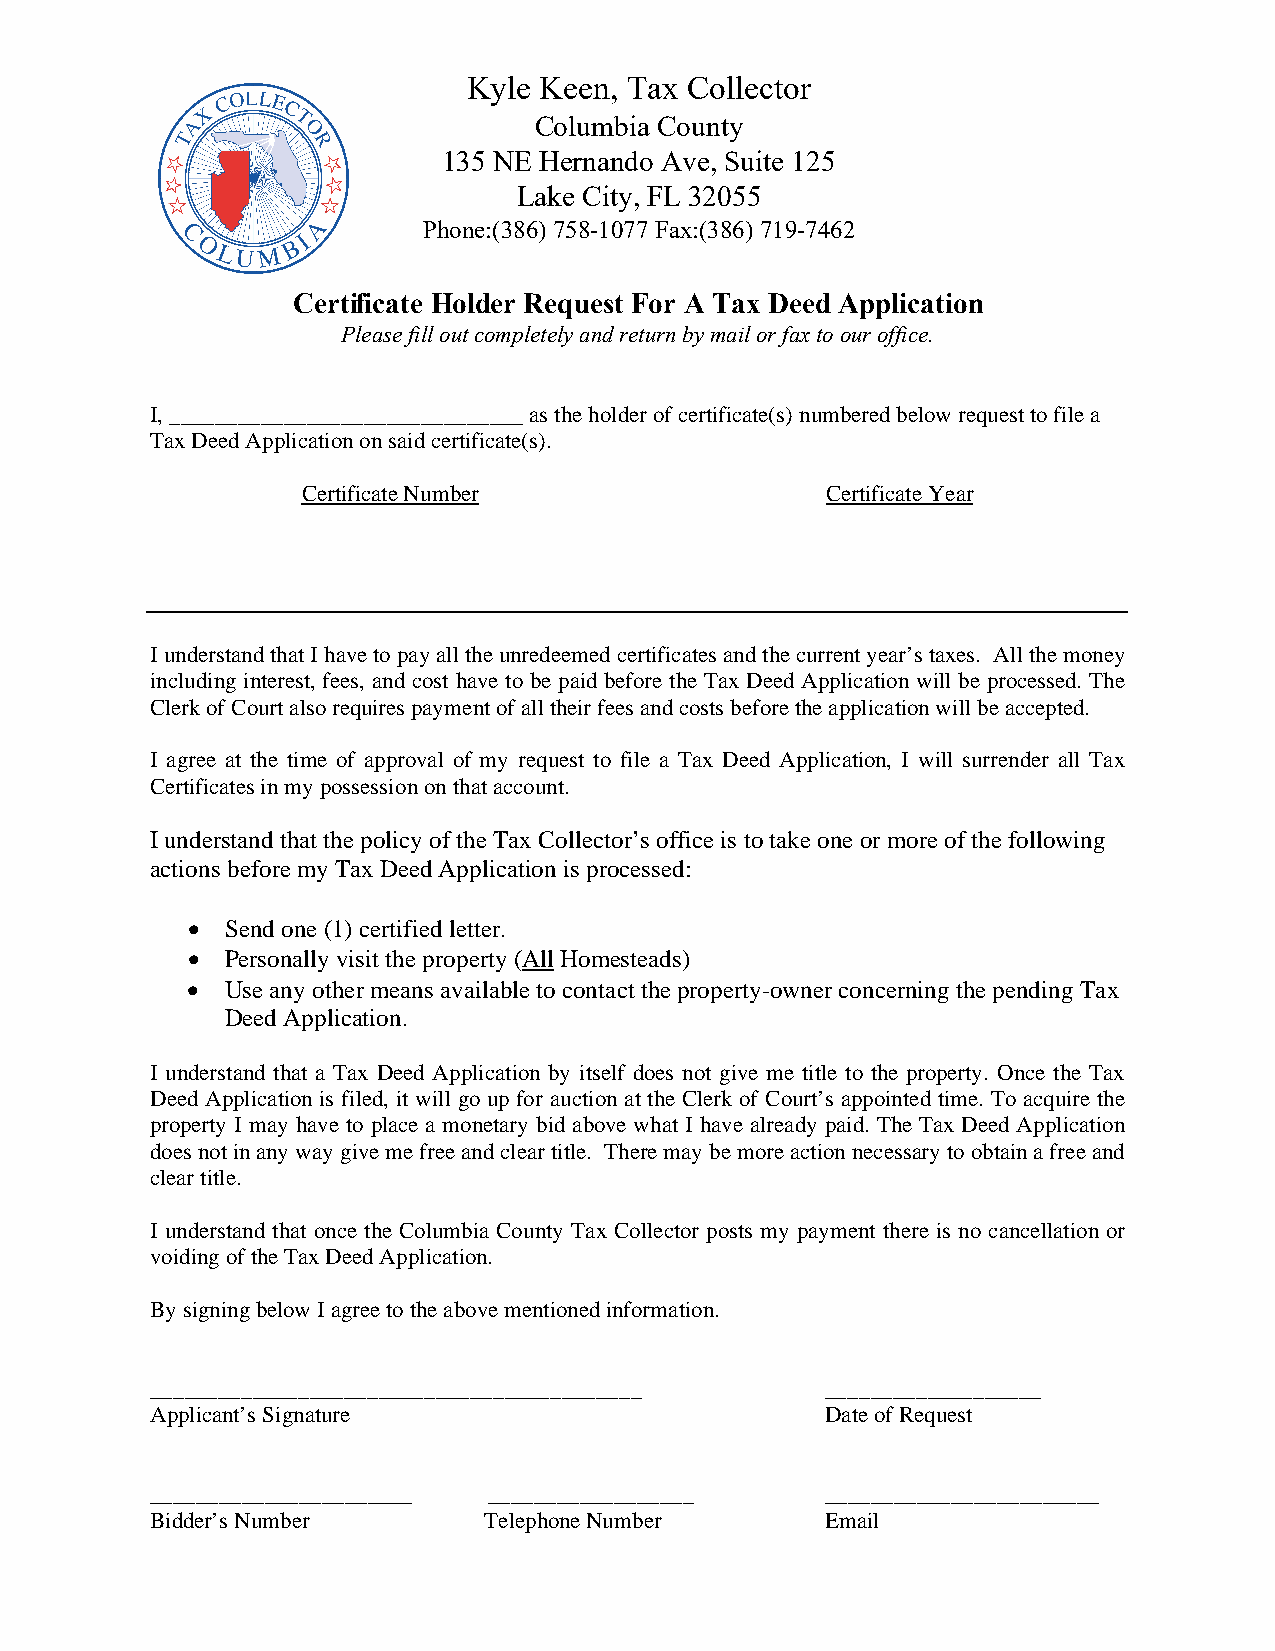
Kyle Keen, Tax Collector
 Columbia County
 135 NE Hernando Ave, Suite 125
 Lake City, FL 32055
 Phone:(386) 758-1077 Fax:(386) 719-7462
 Certificate Holder Request For A Tax Deed Application
 Please fill out completely and return by mail or fax to our office.
 I, _______________________________ as the holder of certificate(s) numbered below request to file a
 Tax Deed Application on said certificate(s).
 Certificate Number                 Certificate Year
 I understand that I have to pay all the unredeemed certificates and the current year’s taxes. All the money
 including interest, fees, and cost have to be paid before the Tax Deed Application will be processed. The
 Clerk of Court also requires payment of all their fees and costs before the application will be accepted.
 I agree at the time of approval of my request to file a Tax Deed Application, I will surrender all Tax
 Certificates in my possession on that account.
 I understand that the policy of the Tax Collector’s office is to take one or more of the following
 actions before my Tax Deed Application is processed:
 •  Send one (1) certified letter.
 •  Personally visit the property (All Homesteads)
 •  Use any other means available to contact the property-owner concerning the pending Tax
 Deed Application.
 I understand that a Tax Deed Application by itself does not give me title to the property. Once the Tax
 Deed Application is filed, it will go up for auction at the Clerk of Court’s appointed time. To acquire the
 property I may have to place a monetary bid above what I have already paid. The Tax Deed Application
 does not in any way give me free and clear title. There may be more action necessary to obtain a free and
 clear title.
 I understand that once the Columbia County Tax Collector posts my payment there is no cancellation or
 voiding of the Tax Deed Application.
 By signing below I agree to the above mentioned information.
 ___________________________________________  ___________________
 Applicant’s Signature                        Date of Request
 _______________________ __________________   ________________________
 Bidder’s Number       Telephone Number       Email